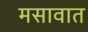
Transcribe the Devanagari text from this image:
मसावात